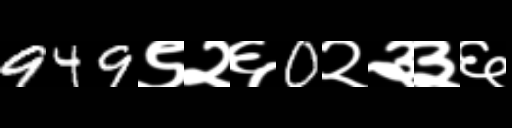
Text: 949९२६0२३३६